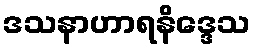
ဒသနာဟာရနိဒ္ဒေသ